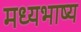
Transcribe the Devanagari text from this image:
मध्यभाष्य